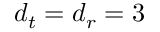
{ d _ { t } } = { d _ { r } } = 3